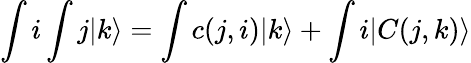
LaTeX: \int i\int j|k\rangle=\int c(j,i)|k\rangle+\int i|C(j,k)\rangle